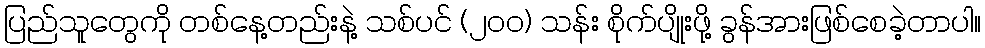
ပြည်သူတွေကို တစ်နေ့တည်းနဲ့ သစ်ပင် (၂၀၀) သန်း စိုက်ပျိုးဖို့ ခွန်အားဖြစ်စေခဲ့တာပါ။